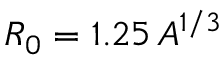
R _ { 0 } = 1 . 2 5 \, A ^ { 1 / 3 }